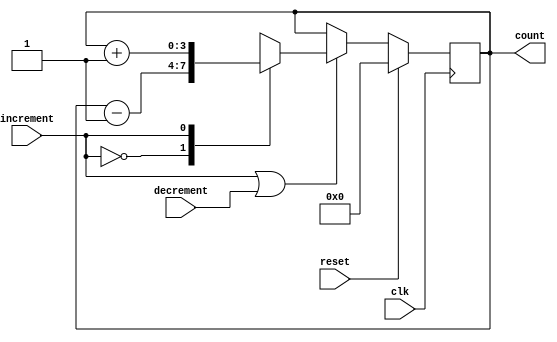
module counter(
input clk,
input reset,
input increment,
input decrement,
output reg [3:0] count
);

reg enable;
reg [3:0] mux_out;

always @ (*)
begin
	enable = increment | decrement;
end

always @ (*)
begin
	case(increment)
	1'b0 : mux_out = count-1;
	1'b1 : mux_out = count+1;
endcase
end

always @ (posedge clk)
if(reset)
	count <= 0;
else if(enable)
	count <=  mux_out;

endmodule